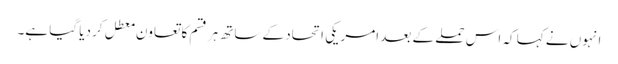
انہوں نے کہا کہ اس حملے کے بعد امریکی اتحاد کے ساتھ ہر قسم کا تعاون معطل کر دیا گیا ہے۔